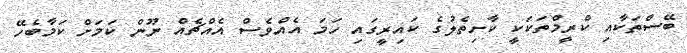
ބޭސްތަކާއި ކްރީމްތަކަކީ ކާށިތެލުގެ ކައިރީގައި ހަމަ އެއްވެސް އެއްޗެއް ނޫން ކަމަށް ކަމާބެހޭ